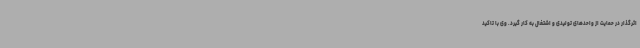
اثرگذار در حمایت از واحدهای تولیدی و اشتغال به کار گیرد. وی با تاکید